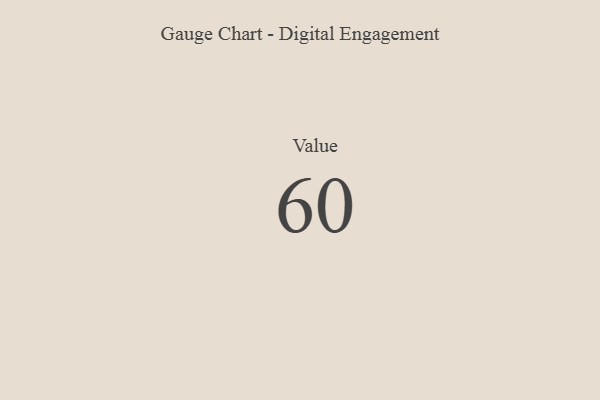
{"axis": {"x": "Metric", "y": "Value"}, "legend": [""], "data": [{"x": "Value", "y": 60, "type": ""}]}